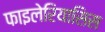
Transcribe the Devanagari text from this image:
फाइलेरियासिस